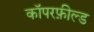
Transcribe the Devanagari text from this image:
कॉपरफ़ील्ड